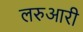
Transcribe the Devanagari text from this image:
लरुआरी